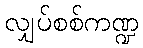
လျှပ်စစ်ကဏ္ဍ